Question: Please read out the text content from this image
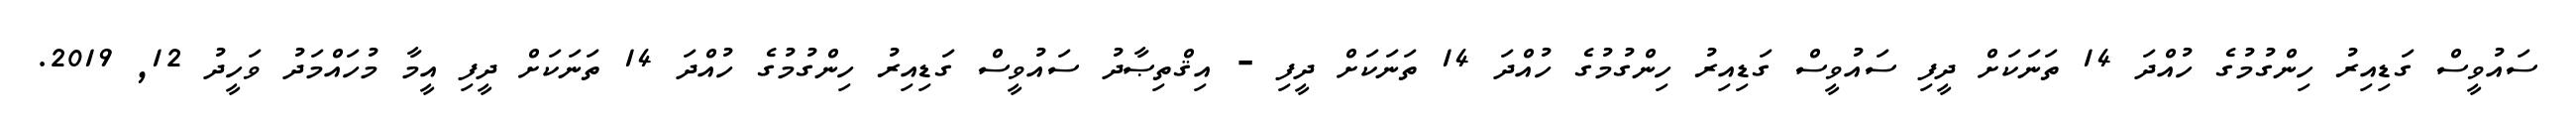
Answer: ސައުވީސް ގަޑިއިރު ހިންގުމުގެ ހުއްދަ 14 ތަނަކަށް ދީފި ސައުވީސް ގަޑިއިރު ހިންގުމުގެ ހުއްދަ 14 ތަނަކަށް ދީފި - އިޤްތިޞާދު ސައުވީސް ގަޑިއިރު ހިންގުމުގެ ހުއްދަ 14 ތަނަކަށް ދީފި އީމާ މުހައްމަދު ވަހީދު 12, 2019.